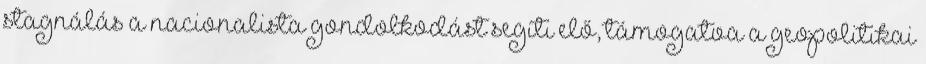
stagnálás a nacionalista gondolkodást segíti elő, támogatva a geopolitikai